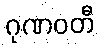
ဂုဏဝတီ